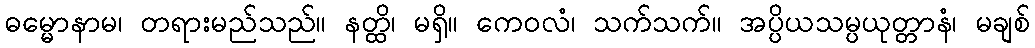
ဓမ္မောနာမ၊ တရားမည်သည်။ နတ္ထိ၊ မရှိ။ ကေဝလံ၊ သက်သက်။ အပ္ပိယသမ္ပယုတ္တာနံ၊ မချစ်